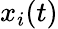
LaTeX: x_{i}(t)